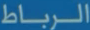
الرباط